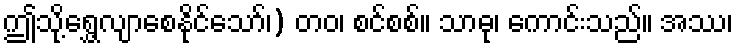
ဤသို့ရွှေ့လျာစေနိုင်သော်၊) တဝ၊ စင်စစ်။ သာဓု၊ ကောင်းသည်။ အဿ၊